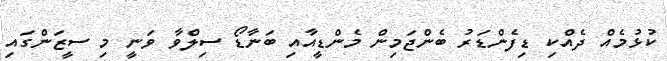
ކުޅުމެއް ދެއްކި ޑިފެންޑަރު ބެންޖަމިން މެންޑީއާއި ބަނާޑޯ ސިލްވާ ވަނީ މި ސީޒަންގައި